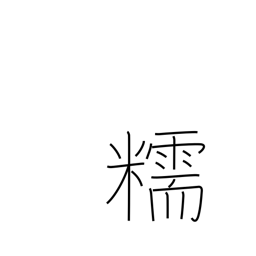
Meaning: glutinous rice